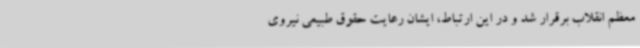
معظم انقلاب برقرار شد و در این ارتباط، ایشان رعایت حقوق طبیعی نیروی